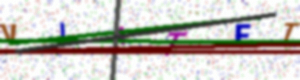
Text: VI4TET